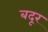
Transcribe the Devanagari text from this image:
बदूर